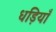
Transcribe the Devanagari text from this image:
धड़ियाँ